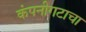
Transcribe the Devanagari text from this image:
कंपनीगटाचा